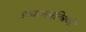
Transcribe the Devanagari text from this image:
प्रधानमन्त्रिणी